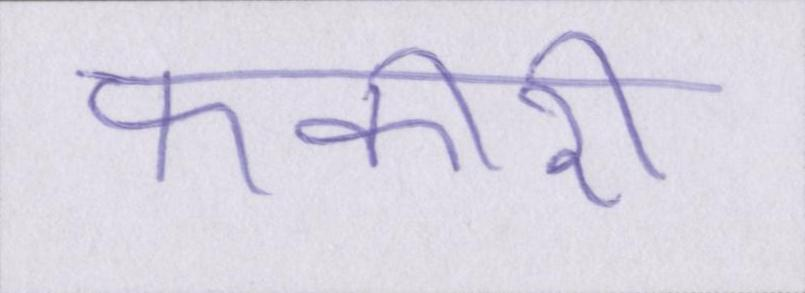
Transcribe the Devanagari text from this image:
फकीरी